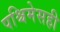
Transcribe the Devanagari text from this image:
पश्चिमेसही